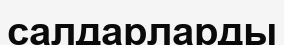
салдарларды